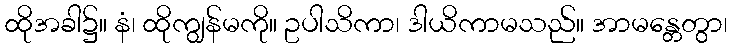
ထိုအခါ၌။ နံ၊ ထိုကျွန်မကို။ ဥပါသိကာ၊ ဒါယိကာမသည်။ အာမန္တေတွာ၊